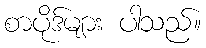
စာပိုဒ်များ ပါသည်။